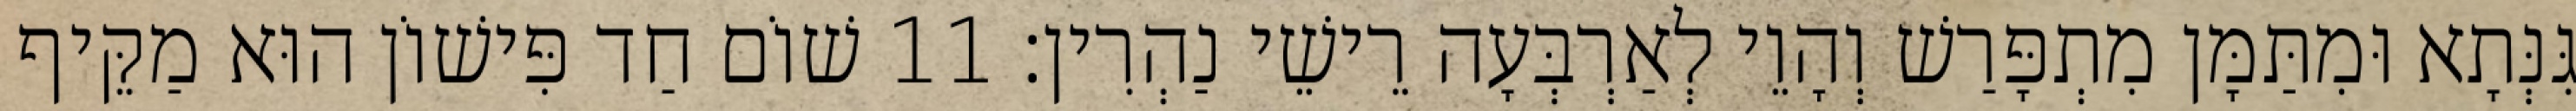
גִּנְּתָא וּמִתַּמָּן מִתְפָּרַשׁ וְהָוֵי לְאַרְבְּעָה רֵישֵׁי נַהְרִין׃ 11 שׁוֹם חַד פִּישׁוֹן הוּא מַקֵּיף